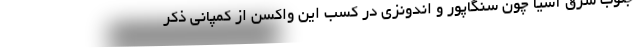
جنوب شرق آسیا چون سنگاپور و اندونزی در کسب این واکسن از کمپانی ذکر